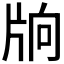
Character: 𤖽